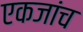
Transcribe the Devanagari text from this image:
एकजांच